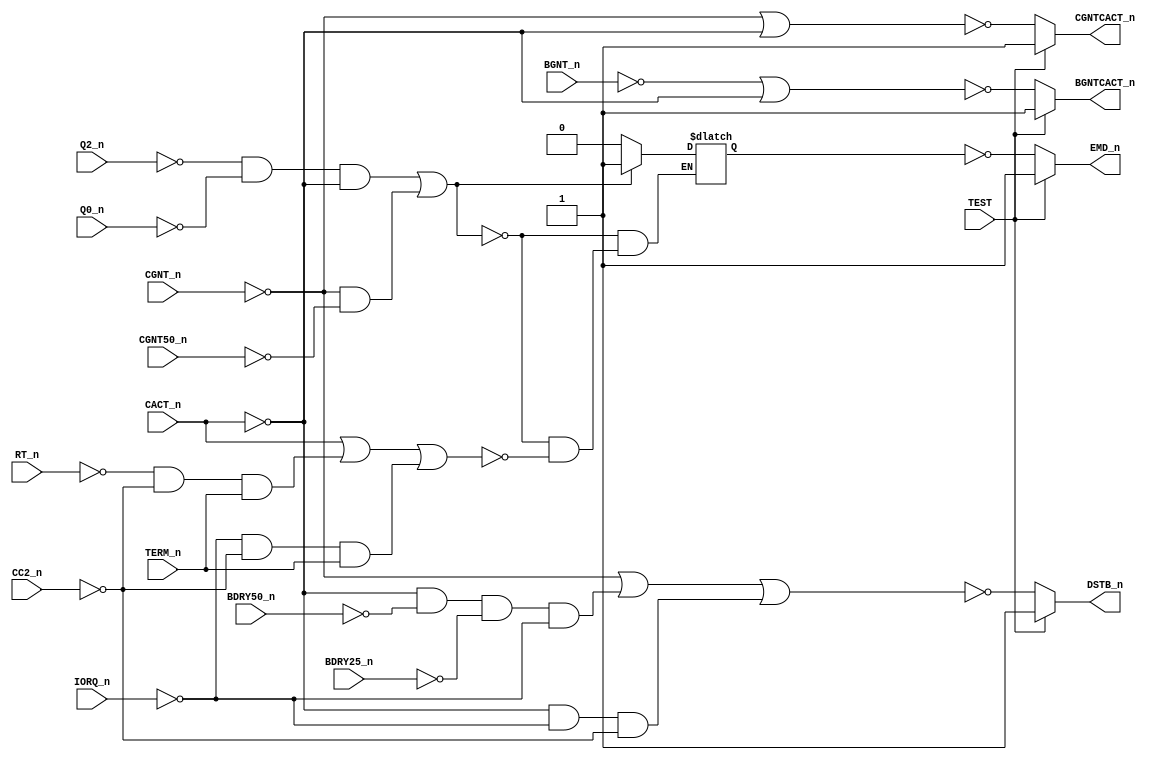
// PAL16L8
// JLB/CJTC 14AUG86
// 44302B,11D,LBC1

module PAL_44302B(
    input Q0_n,         // I0
    input Q2_n,         // I1
    input CC2_n,        // I2
    input BDRY25_n,     // I3
    input BDRY50_n,     // I4
    input CGNT_n,       // I5
    input CGNT50_n,     // I6
    input CACT_n,       // I7
    input TERM_n,       // I8
    input BGNT_n,       // I9

    output BGNTCACT_n,  // Y0_n 
    output CGNTCACT_n,  // Y1_n 

    output EMD_n,       // B0_n 
    output DSTB_n,      // B1_n 
    //input B2_n        // B2_n 
    input TEST,         // B3_n  (PD3)
    input IORQ_n,       // B4_n 
    input RT_n          // B5_n         
);



// Inverted input signals
wire Q0 = ~Q0_n;
wire Q2 = ~Q2_n;
wire CC2 = ~CC2_n;
wire BDRY25 = ~BDRY25_n;
wire BDRY50 = ~BDRY50_n;
wire CGNT = ~CGNT_n;
wire CGNT50 = ~CGNT50_n;
wire CACT = ~CACT_n;
wire TERM = ~TERM_n;
wire IORQ = ~IORQ_n;
wire RT = ~RT_n;
wire BGNT = ~BGNT_n;


// Output signal logic (self reference)
reg EMD;

always @(*) begin
    // Logic for EMD

    /*  Orignal code that has "circular logic" and is not synthesizable
        EMD = 
                        (Q2 & Q0 & CACT)        |  // CPU CYCLE TO BUS SET 
                        (EMD & CACT)            |  //       "          HOLD
                        (CGNT & CGNT50)         |  // CPU CYCLE TO MEM SET 
                        (EMD & RT & CC2 & TERM) |  // ) HOLD TERMS FOR 
                        (EMD & IORQ & CC2 & TERM)  // ) CPU READ, FETCH AND
                        );                         // ) MAP CYCLES
    */

    // Rewritten for handling of "circular logic"        
    if (
        (Q2 & Q0 & CACT) |                       // CPU CYCLE TO BUS SET 
        (CGNT & CGNT50))                         // CPU CYCLE TO MEM SET 
            EMD = 1'b1;
        else if (
            (CACT == 0)              |           // CPU CYCLE TO BUS HOLD
            (RT & CC2 & TERM == 0)   |           // ) HOLD TERMS FOR 
            (IORQ & CC2 & TERM == 0)             // ) CPU READ, FETCH AND MAP CYCLES
        )
            EMD = 1'b0;
    
end        

// Logic for CGNTCACT
assign CGNTCACT_n = TEST ? 1'b1 : ~(CGNT | CACT);

// Logic for BGNTCACT
assign BGNTCACT_n = TEST ? 1'b1 : ~(BGNT | CACT);

// Logic for DSTB
assign DSTB_n = TEST ? 1'b1 :
                    ~(  
                        (CGNT)                          |  
                        (CACT & BDRY50 & BDRY25 & IORQ) |  
                        (CACT & IORQ & CC2)                // IOX CYCLE
                    );




assign EMD_n = TEST ? 1'b1 : ~EMD;  

endmodule


/*
  DESCRIPTION

; 060387 JLB: EMD WAS HOLDING IN ADDRESS PART OF IOX CYCLES AFTER
; BUFFERED WRITE CYCLES.
; EMD - ENABLE DATA PATH BETWEEN CD AND LBD
; 270387 CJTC: NEW SIGNAL DSTB TO SAMPLE DATA AT LBD/CD BUFFERS ON
; CPU FROM BUS READ, AT BDRY.
; 040487 JLB: DSTB MUST NOT CLOCK DATA BEFORE CACT GOES OFF IN IOXES.
;  (NEGATIVE SETUP OF DATA IN BUS SPECS.)
;
; 180587 CJTC: 3202B
; 070887 JLB: 3202C ONLY! (TEST MODE).

*/

/* IMPLEMENTATION NOTES


Recursive Definitions Caution: The recursive definitions for EMD need careful handling
 to ensure they align with the design requirements and behave correctly in hardware.

Testing and Verification: Extensive testing with appropriate testbenches is crucial to validate the module's behavior under all conditions, 
including different states of the TEST signal.

*/